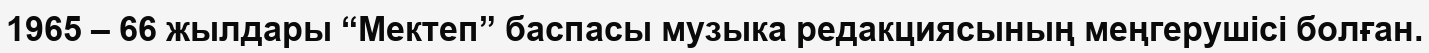
1965 – 66 жылдары “Мектеп” баспасы музыка редакциясының меңгерушісі болған.